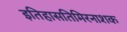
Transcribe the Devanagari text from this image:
इतिहासतिमिरनाशक